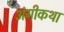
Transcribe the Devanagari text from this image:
अंगीकथा